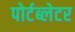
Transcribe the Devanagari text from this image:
पोर्टब्लेटर